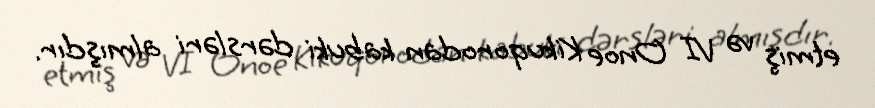
etmiş və VI Onoe Kikuqorodan kabuki dərsləri almışdır.